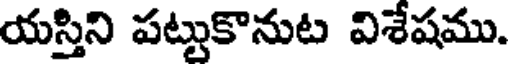
యస్తిని పట్టుకొనుట విశేషము.